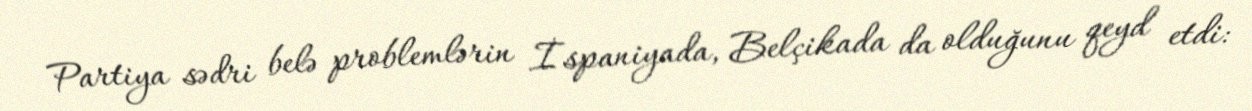
Partiya sədri belə problemlərin İspaniyada, Belçikada da olduğunu qeyd etdi: